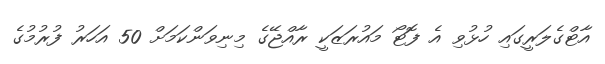
އާޓްގެލަރީގައި ހުޅުވި އެ ފޮޓޯ މައުރަޒަކީ ރާއްޖޭގެ މިނިވަންކަމަށް 50 އަހަރު ފުރުމުގެ